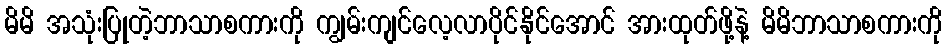
မိမိ အသုံးပြုတဲ့ဘာသာစကားကို ကျွမ်းကျင်လေ့လာပိုင်နိုင်အောင် အားထုတ်ဖို့နဲ့ မိမိဘာသာစကားကို